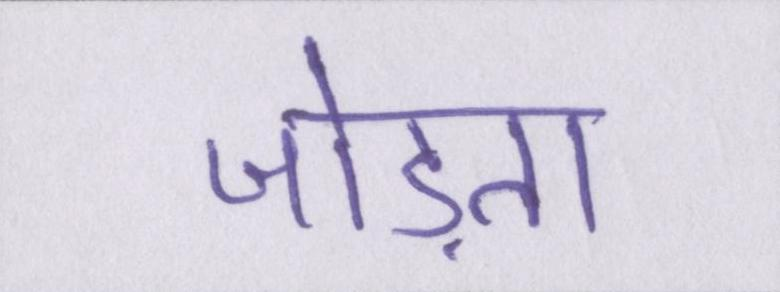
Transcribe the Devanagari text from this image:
जोड़ता